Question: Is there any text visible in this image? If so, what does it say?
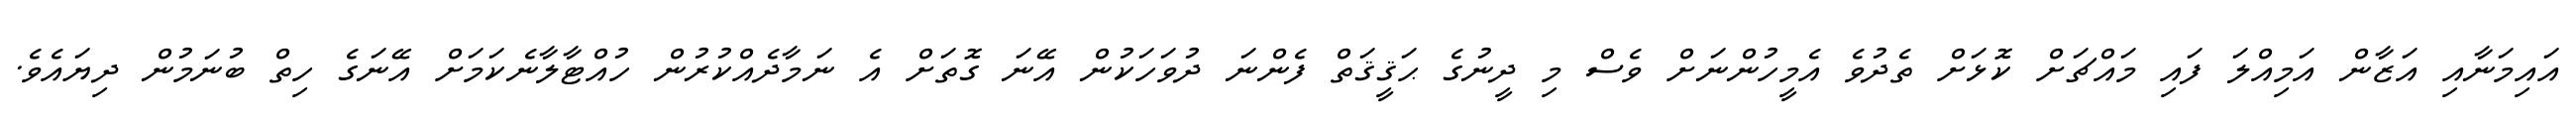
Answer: އައިމަނާއި އަޒާން އަމިއްލަ ފައި މައްޗަށް ކޮޅަށް ތެދުވެ އެމީހުންނަށް ވެސް މި ދީނުގެ ޙަޤީޤަތް ފެންނަ ދުވަހަކުން އޭނަ ގޮތަށް އެ ނަމާދެއްކުރުން ހުއްޓާލާނެކަމަށް އޭނަގެ ހިތް ބުނަމުން ދިޔައެވެ.